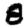
Digit: 8